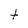
Character: t